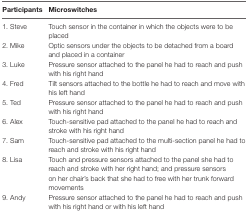
<table><thead><tr><td><b>Participants</b></td><td><b>Microswitches</b></td></tr></thead><tbody><tr><td>1. Steve</td><td>Touch sensor in the container in which the objects were to be placed</td></tr><tr><td>2. Mike</td><td>Optic sensors under the objects to be detached from a board and placed in a container</td></tr><tr><td>3. Luke</td><td>Pressure sensor attached to the panel he had to reach and push with his right hand</td></tr><tr><td>4. Fred</td><td>Tilt sensors attached to the bottle he had to reach and move with his left hand</td></tr><tr><td>5. Ted</td><td>Pressure sensor attached to the panel he had to reach and push with his right hand</td></tr><tr><td>6. Alex</td><td>Touch-sensitive pad attached to the panel he had to reach and stroke with his right hand</td></tr><tr><td>7. Sam</td><td>Touch-sensitive pad attached to the multi-section panel he had to reach and stroke with his right hand</td></tr><tr><td>8. Lisa</td><td>Touch and pressure sensors attached to the panel she had to reach and stroke with her right hand; and pressure sensors on her chair’s back that she had to free with her trunk forward movements</td></tr><tr><td>9. Andy</td><td>Pressure sensor attached to the panel he had to reach and push with his right hand or with his left hand</td></tr></tbody></table>